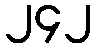
၂၄၂